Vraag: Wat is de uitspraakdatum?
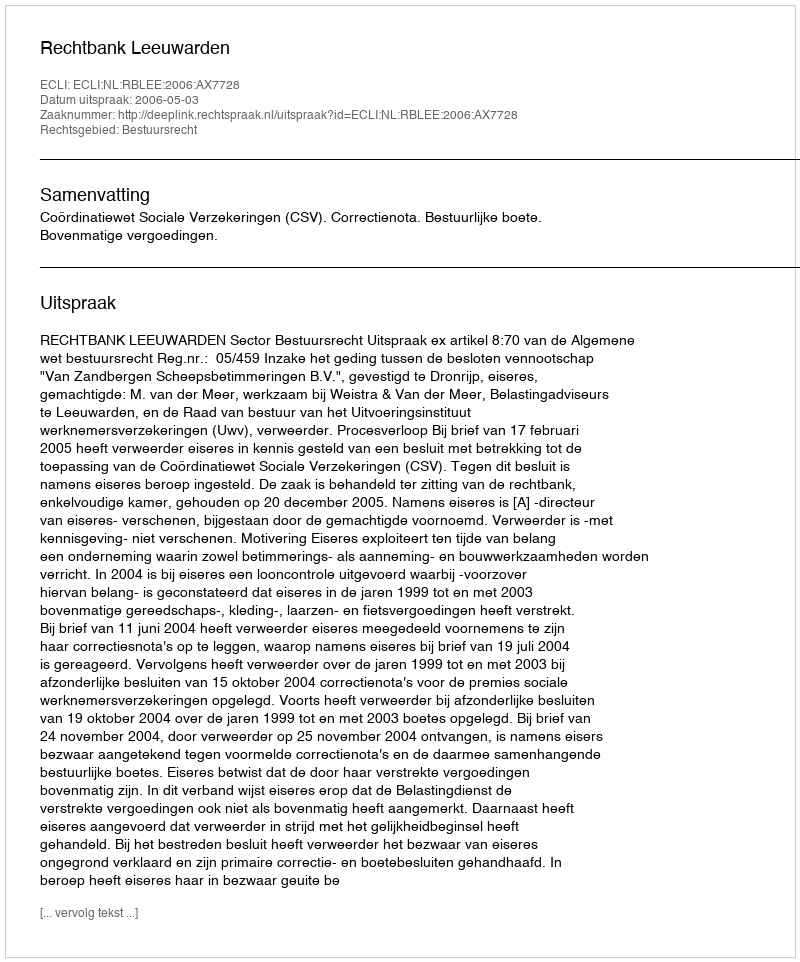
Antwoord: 2006-05-03